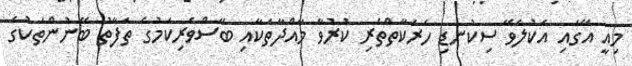
މިއީ އޭގައި އެކުލެވޭ ސިކުނޑި ހަރަކާތްތެރި ކުރުވާ މާއްދާތަކާއި ބޭސްވެރިކަމުގެ ތަފާތު ބޭނުންތަކުގެ